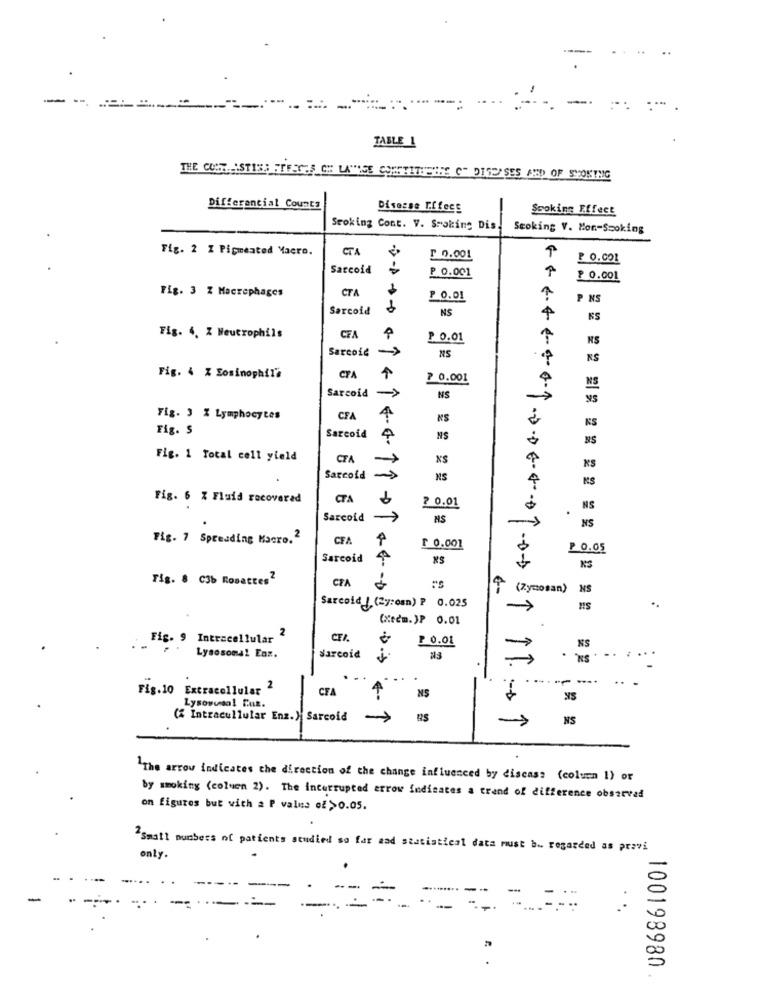
--
TABLE 1
THE COST. ISTISE STEEGES_OH LAVISE COMETITHENHE CH DISEASES AMD OF SYOKING
Differencial Counts
Disesse Effect
Scoking Effect
Stoking Cont. V. Smoking Dis.
Scoking V. Mon-Scoking
Fig. 2 Z Pigmented Macro.
CTA
₸ 0.001
₹ 0.001
Sarcoid
₽ 0.001
₹ 0.001
Fig. 3 % Macrephages
CTA
P 0.01
P NS
Sarcoid
NS
4
Fig. 4. Z Neutrophils
CFA
₱ 0.01
NS
Sarcole ->
NS
CTA
Fig. 4 % Eosinophil's
₹ 0.001
Sarcoid
NS
NS
y5
Fig. 3 % Lymphocytes
CFA
4
NS
Fig. S
KS
Sarcoid
NS
Fig. 1 Total cell yield
CTA
NS
NS
Sarcold
NS
Fig. 6 % Fluid recovered
CTA
? 0.01
.
NS
Sarcold
NS
NS
Fig. 7 Spreading Macro."
CFA
£ 0.001
₱0.05
Sarcoid
NS
Tig. 8 C3b Rosattes2
CFA
(Zycosan)
NS
Sarcoid | (2y:osn) ₱ 0.025
(xecm. )P 0.01
1.01ST
2
Fig. 9 Intracellular
CTI
₱ 0.01
Sarcoid
NS
Lysosomal Enz.
-----.
Fig.10
Extracellular 2
CFA
NS
Lysovusal Ent.
(% Intracullular Enz.) Sarcoid
NS
"The arrow indicates the direction of the change influenced by discass (coluen 1) or
by smoking (coluen 2). The interrupted arrow indicates a trend of difference observed
on figures but with a P value of >0.05.
"Small numbers of patients studied so far and statistical data must b. regarded as pravi
only.
100198980